NAE_ERA_R-1665_Eesti_Kunstnike_Liit, lk 9
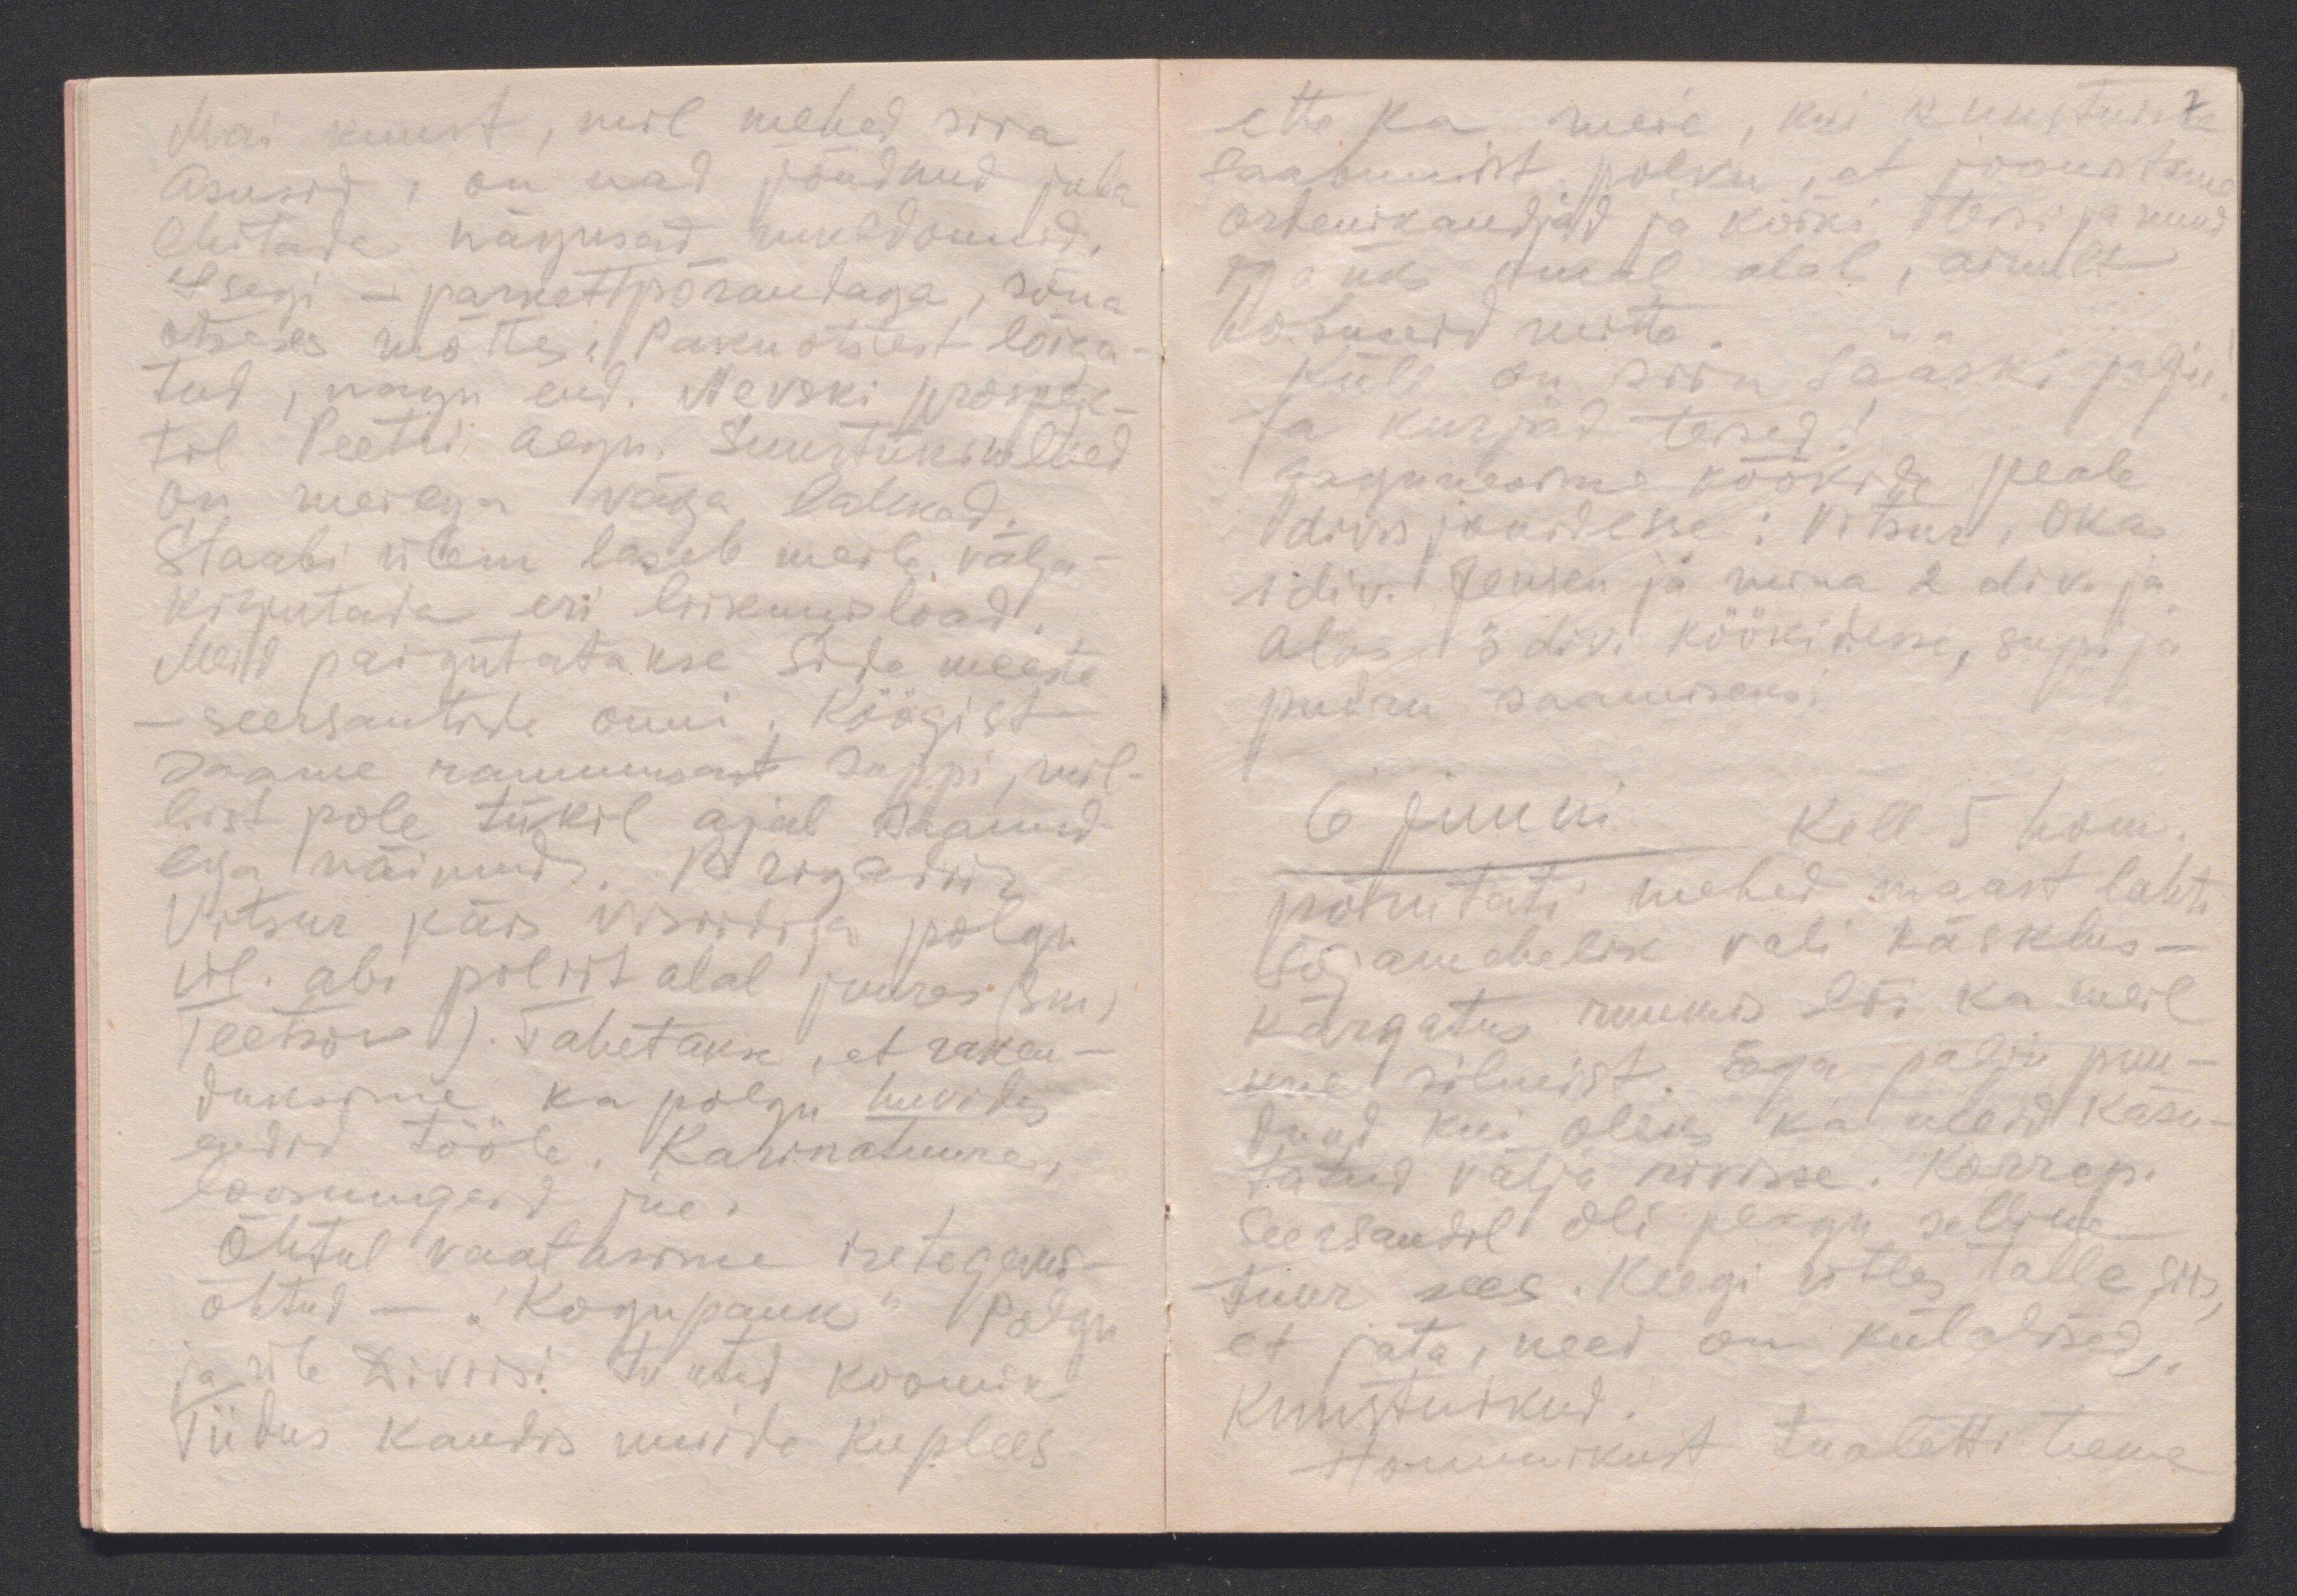
Mai kuust, mil mehed siia
asusid, on nad jõudnud juba
ehitada nägusad muldonnid.
Isegi - parkettpõrandaga, sõna
otseses mõttes. Paku otstest lõiga-
tud, nagu end. Nevski prospek-
til Peetri aegu. Suurtükimehed
on meiega väga lahked.
Staabi ülem laseb meile välja-
kirjutada eri liikumisload.
Meid paigutatakse Side meeste
- seersantide onni. Köögist
saame rammusast suppi, mil-
list pole tükil ajal saanud
ega näinud. Brigadiir
Vitsur käis visiidiga polgu
ül. abi poliit alal juures (Sm)
Teetsov). Tahetakse, et raken-
daksime ka polgu huvides
endid tööle. Karikatuure,
loosungeid jne.
Õhtul vaatasime isetegevus-
õhtud - "Kogupauk" Polgu
ja üle Diviisi tuntud koomik
Tiidus kandis muide kuplees

ette ka meie, kui kunstnike
7
saabumist polku, et joonistame
ordenikandjaid ja kõiki teisi ja nuud
iga üks omal alal, ainult
hobuseid mitte.
Küll on siin sääski palju!
Ja kurjad teised!
Jagunesime köökide peale
divisjonidesse: Vitsur, Okas
1 div. Jensen ja mina 2 div. ja
Alas 3 div. köökidesse, supi ja
pudru saamiseks.
6 juuni. Kell 5 hom.
põrutati mehed maast lahti
Sõjamehelik vali käsklus -
kärgatus ruumis lõi ka meil
une silmist. Ega palju puu-
dund kui oleks ka meid käsu-
tatud välja rivisse. Korrep.
Seersandil oli peagu selline
tuur sees. Keegi ütles talle siis,
et jäta, need on külalisesed,.
Kunstnikud.
Hommikust tualetti teeme